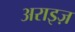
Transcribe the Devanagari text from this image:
अराइज़